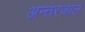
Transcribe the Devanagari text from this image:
अन्त्तरजाल